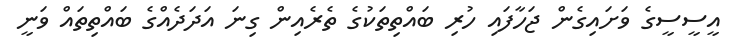
އީސީސީގެ ވަށައިގެން ޖަހާފައި ހުރި ބައްތިތަކުގެ ތެރެއިން ގިނަ އަދަދެއްގެ ބައްތިތައް ވަނީ